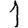
Digit: 1